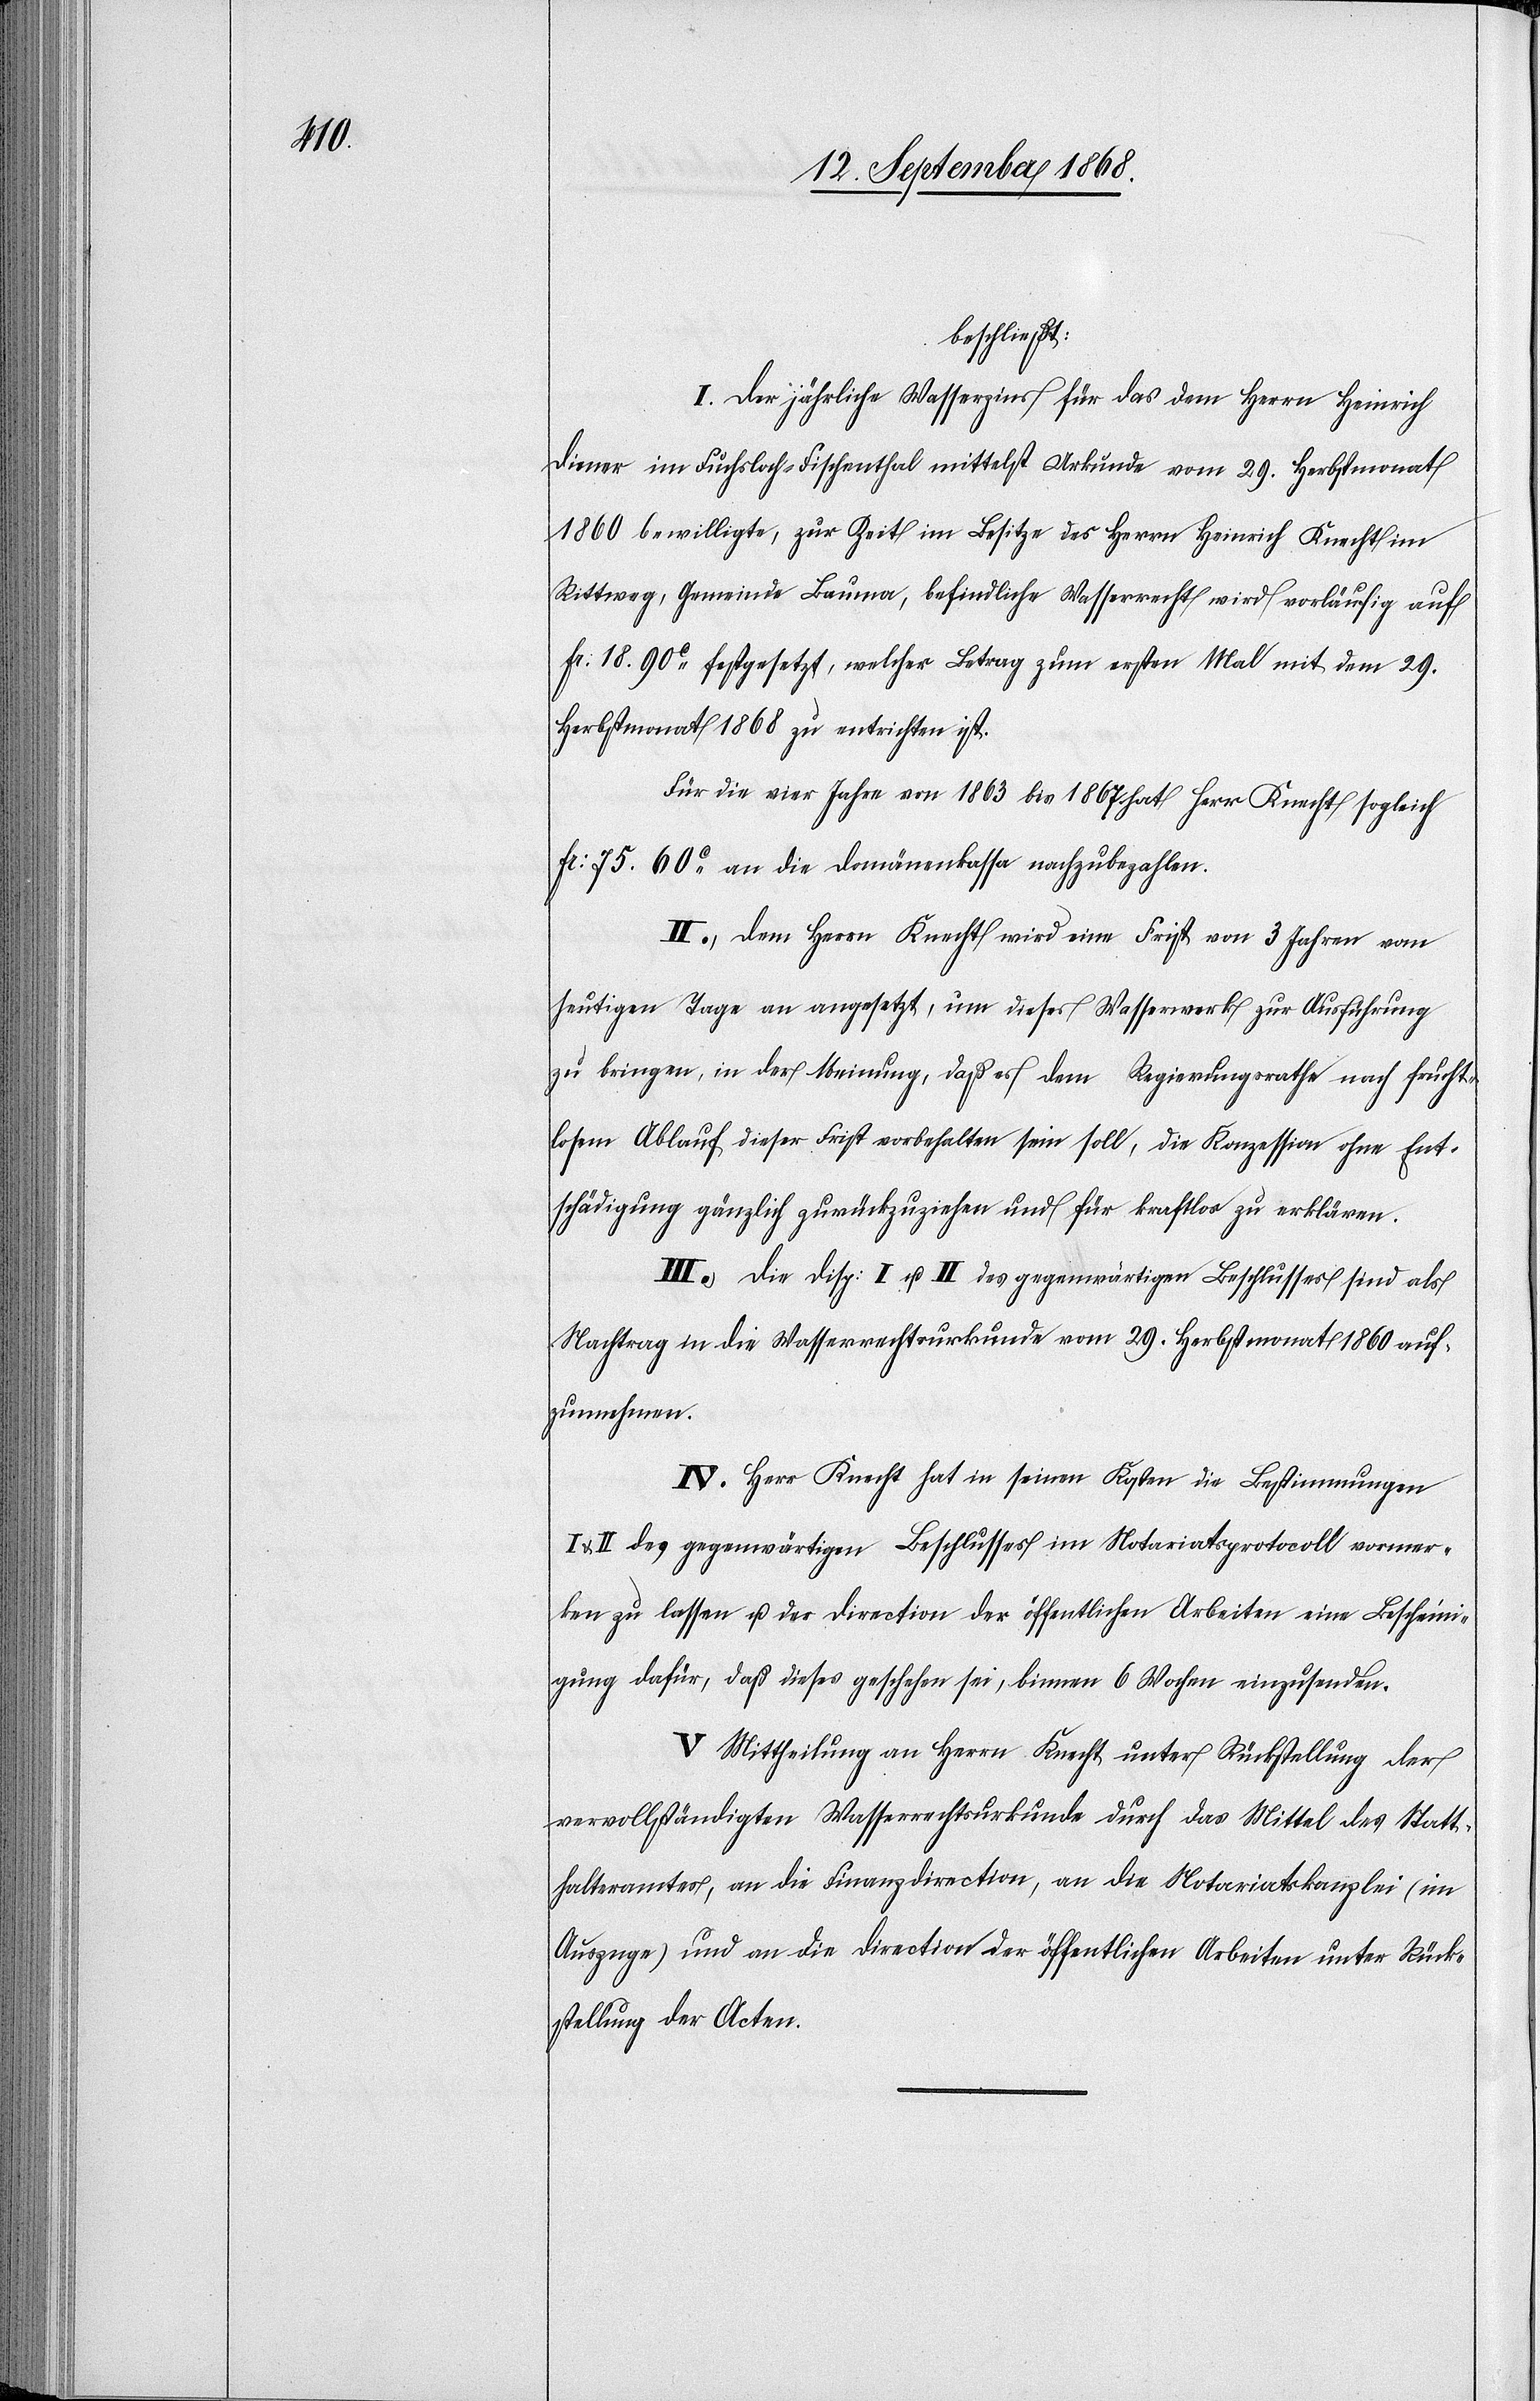
beschließt:
I. Der jährliche Wasserzins für das dem Herrn Heinrich
Diener im Fuchsloch - Fischenthal mittelst Urkunde vom 29. Herbstmonat
1860 bewilligte, zur Zeit im Besitze des Herrn Heinrich Knecht im
Rittweg, Gemeinde Bauma, befindliche Wasserrecht wird vorläufig auf
Fr: 18. 90c festgesetzt, welcher Betrag zum ersten Mal mit dem 29.
Herbstmonat 1868 zu entrichten ist.
Für die vier Jahre von 1863 bis 1867 hat Herr Knecht sogleich
Fr: 75. 60c an die Domänenkassa nachzubezahlen.
II. Dem Herrn Knecht wird eine Frist von 3 Jahren vom
heutigen Tage an angesetzt, um dieses Wasserwerk zur Ausführung
zu bringen, in der Meinung, daß es dem Regierungsrathe nach frucht¬
losem Ablauf dieser Frist vorbehalten sein soll, die Konzession ohne Ent¬
schädigung gänzlich zurückzuziehen und für kraftlos zu erklären.
III. Die Disp: I u. II des gegenwärtigen Beschlusses sind als
Nachtrag in die Wasserrechtsurkunde vom 29. Herbstmonat 1860 auf¬
zunnehmen
IV. Herr Knecht hat in seinen Kosten die Bestimmungen
II des gegenwärtigen Beschlusses im Notariatsprotocoll vormer¬
ken zu lassen u. der Direction der öffentlichen Arbeiten eine Bescheini¬
gung dafür, daß dieses geschehen sei, binnen 6 Wochen einzusenden.
V. Mittheilung an Herrn Knecht unter Rückstellung der
vervollständigten Wasserrechtsurkunde durch das Mittel des Statt¬
halteramtes, an die Finanzdirection, an die Notariatskanzlei (im
Auszuge) und an die Direction der öffentlichen Arbeiten unter Rück¬
stellung der Acten.